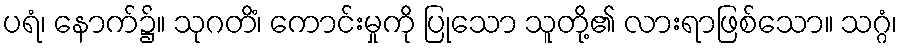
ပရံ၊ နောက်၌။ သုဂတိံ၊ ကောင်းမှုကို ပြုသော သူတို့၏ လားရာဖြစ်သော။ သဂ္ဂံ၊